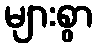
များစွာ